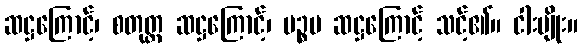
ဆဋ္ဌကြောင့်၊ စတုတ္ထ ဆဋ္ဌကြောင့်၊ ပဉ္စမ ဆဋ္ဌကြောင့် သင့်၏။ ငါးမျိုး။